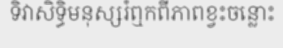
ទិវាសិទ្ធិមនុស្សរំឮកពីភាពខ្វះចន្លោះ